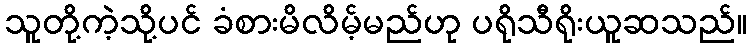
သူတို့ကဲ့သို့ပင် ခံစားမိလိမ့်မည်ဟု ပရိုသီရိုးယူဆသည်။